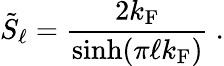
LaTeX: \tilde{S}_{\ell}=\frac{2k_{\mathrm{F}}}{\sinh(\pi\ell k_{\mathrm{F}})}\ .